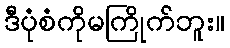
ဒီပုံစံကိုမကြိုက်ဘူး။